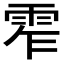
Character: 𩂖